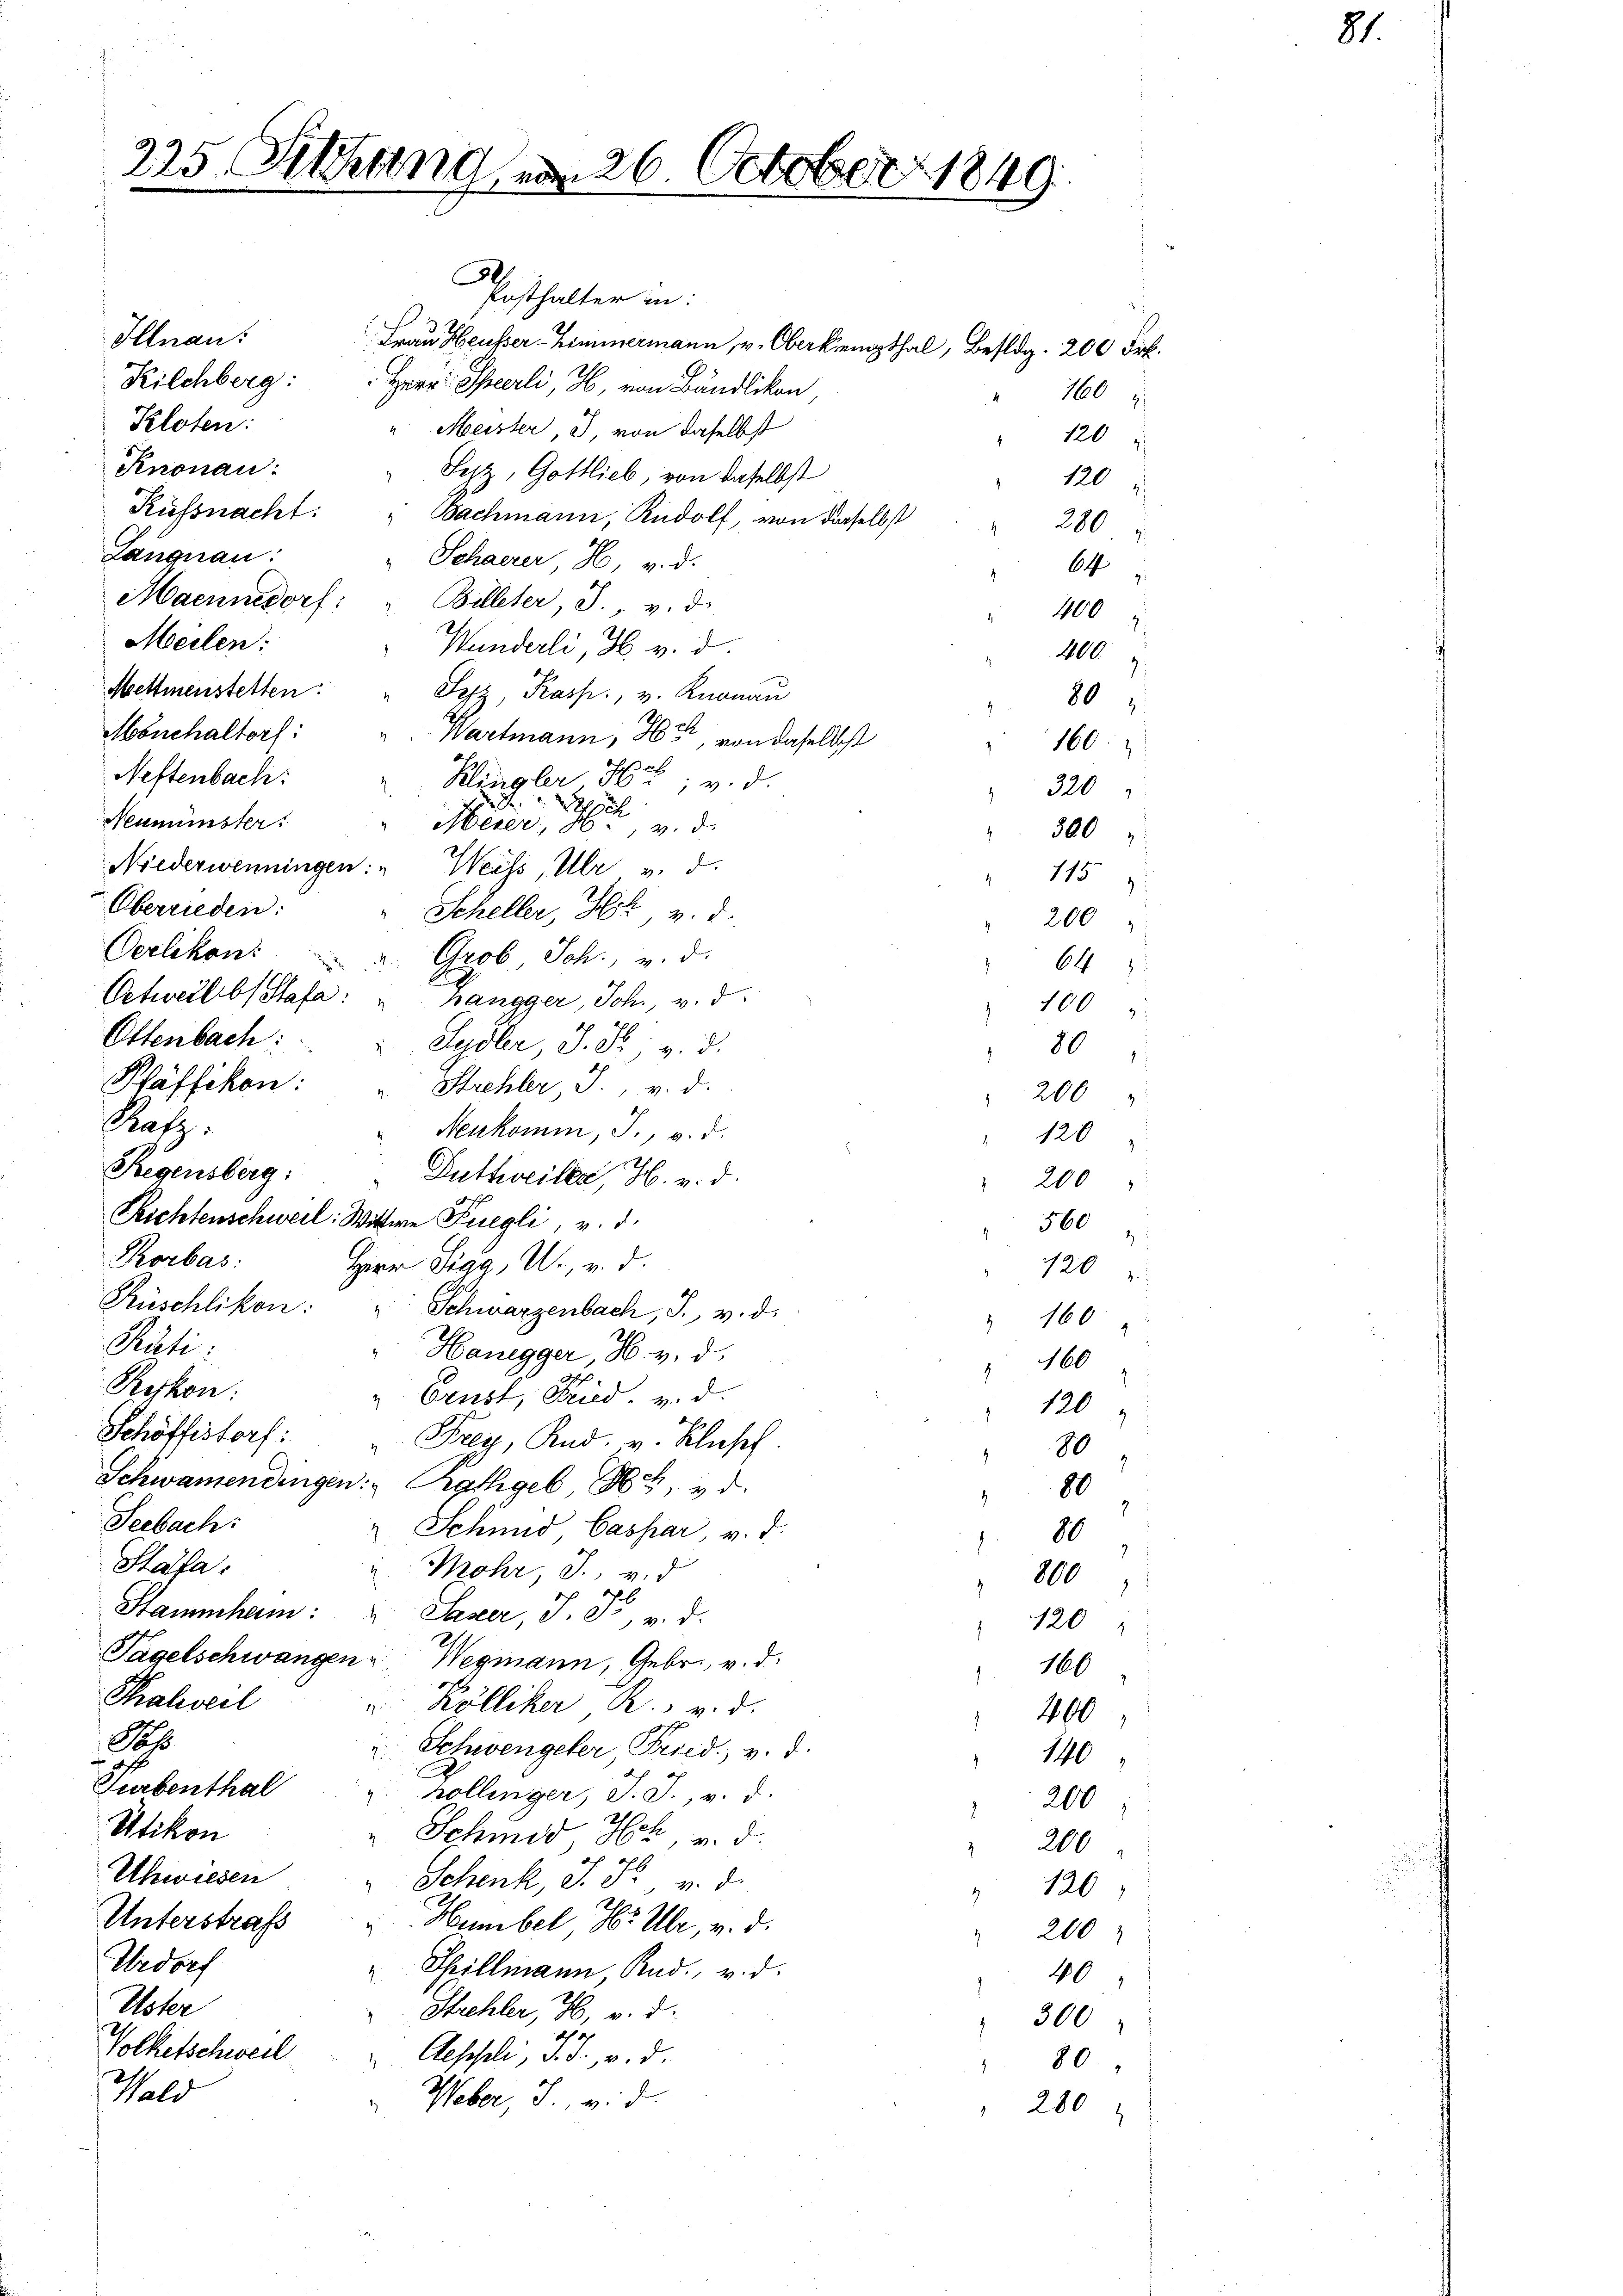
225. Sitzung am 26. October 1849

Posthalter in:
Illnau:
Frau Heusser Zimmermann, v. Oberkrempthal, Belg. 200 Frk.
Kilchberg: Herr Scheerli, H. von Bändlikon
Kloten:
" Meister J. von daselbst
120
Knonau:
Syz, Gottlieb, von daselbst
7
120
Küssnacht: " Bachmann, Rudolf, von dieselbst
280
Langnau:
" Schaerer H v. d.
64
Maennedorf: " Billeter J., v. d.
400
Meilen:
Wunderli, H. v. d.
400
Mettmenstetten.
Sepr. Kasp., v. Knonau
80
Mönchaltorf:
Wartmann, 805, von derselbst
160:
Neftenbach:
Klingler H: v. d.
 320
Besch
Neumünster!
Meier, 16. v. d.
300
Niederwenningen: " Weiss, Ulr u. d
115
Oberrieden.
Scheller, Hch. v. d.
200
Oerlikon.
a. Grob Sch., v. d.
64
Oetweil bis Stafa: u. hangger, Joh., v. d.
100
.
Ettenbach:
 Sydler, S. R. v. 3.
80
Pfäffikon:
Strehler J., v. d.
 200
Patz:
Neukomm, J., v. d.
" 120
Regensberg:
Duttweiler, H. v. d.
 200
Reichtenschweil: Wittwe Fuegli, v. d.
560
Rorbas:
Herr Sigg, U., v. d.
120
Rüschlikon:
Schwarzenbach, S. v. d.
 160
Päti:
Honegger, H. v. d.
160
Rykon:
" Ernst, Fried. v. d.
120
Schöffistorf: Frey, Rud. v. Klusch.
80
Schwamendingen: Rathgeb
80
Seebach
Schmid, Caspar v. d.
7
10
Stafa:
Mohr S. v. d
800
f
d
Stammham:
Saser, J. F. v. d.
120
Tagelschwangen Wegmann, Gebr., v. d.
160
Thalweil
 Kölliker, R. v. d.
400
Sah
u Schwengeler Fried. v. d.
140
ist
Surbenthal
höllinger, J. J., v. d.
200
Utikon
" Schmid Hch. v. d.
" 200
d
Uhwiesen
Schenk, J. F. v. d.
126
2
Unterstraf
Humbel Hr Uhr, v. d.
" 200
Urdorf
Spillmann, Rud. v. d.
 40
Uster
Strehler, H. v. d.
300
ah ich
Volketschweil
Aeschli, d. d. v. d.
80
Gald
Weber, J., v. d.
280

160

81.